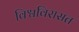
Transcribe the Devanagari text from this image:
विश्वविरासत